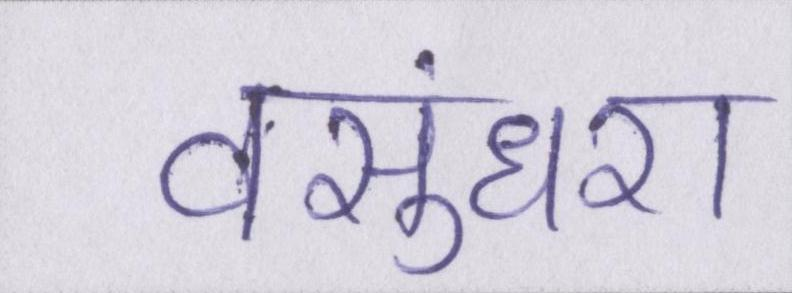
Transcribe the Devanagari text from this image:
वसुंधरा